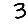
Digit: 3